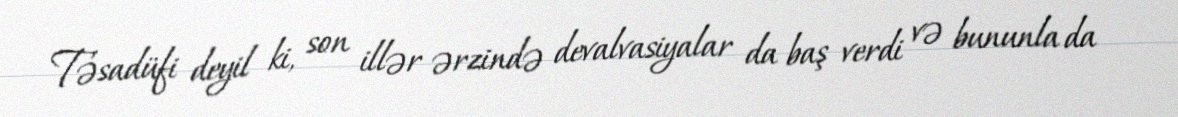
Təsadüfi deyil ki, son illər ərzində devalvasiyalar da baş verdi və bununla da